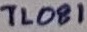
Text: TL081